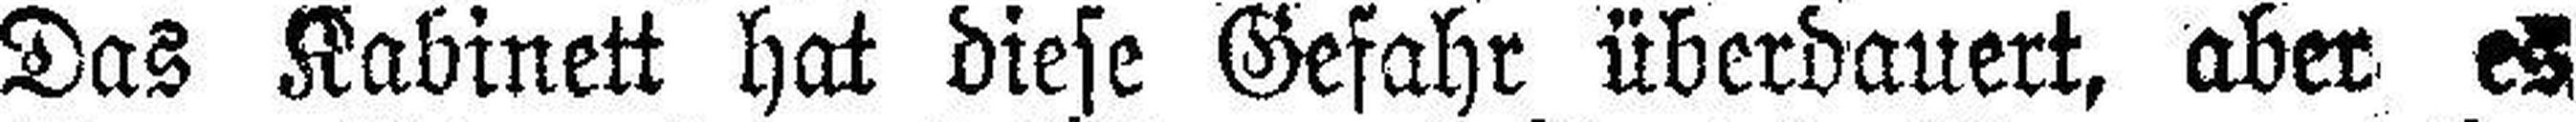
Das Kabinett hat diese Gefahr überdauert, aber es